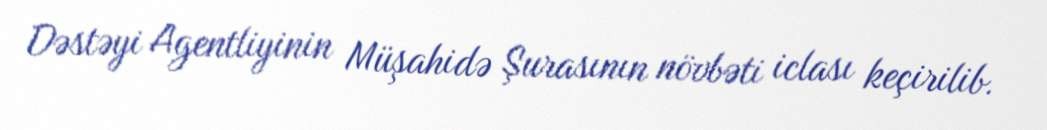
Dəstəyi Agentliyinin Müşahidə Şurasının növbəti iclası keçirilib.